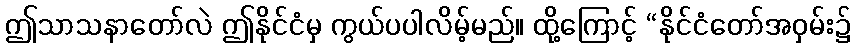
ဤသာသနာတော်လဲ ဤနိုင်ငံမှ ကွယ်ပပါလိမ့်မည်။ ထို့ကြောင့် “နိုင်ငံတော်အဝှမ်း၌